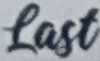
last